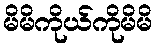
မိမိကိုယ်ကိုမိမိ